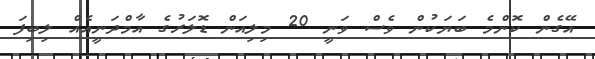
އޭގެން ކޮންމެ ބަޔަކުން ވެސް ވަނީ 20 މިލިއަން ޑޮލަރުގެ އާމްދަނީއެއް ލިބިފަ